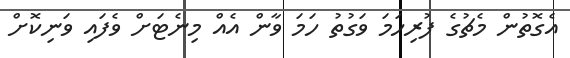
އެގޮތުން މެޗުގެ ފުރިހަމަ ވަގުތު ހަމަ ވާން އެއް މިނެޓަށް ވެފައި ވަނިކޮށް